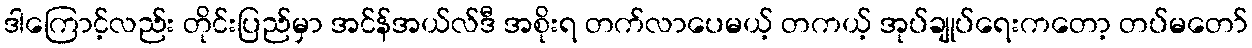
ဒါကြောင့်လည်း တိုင်းပြည်မှာ အင်န်အယ်လ်ဒီ အစိုးရ တက်လာပေမယ့် တကယ့် အုပ်ချုပ်ရေးကတော့ တပ်မတော်